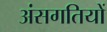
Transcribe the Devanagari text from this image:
अंसगतियों